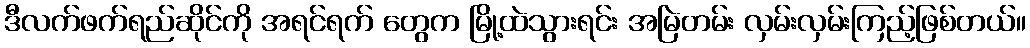
ဒီလက်ဖက်ရည်ဆိုင်ကို အရင်ရက် တွေက မြို့ထဲသွားရင်း အမြဲတမ်း လှမ်းလှမ်းကြည့်ဖြစ်တယ်။